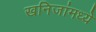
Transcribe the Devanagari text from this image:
खनिजांमध्ये